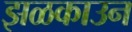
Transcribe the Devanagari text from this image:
झळकाउन